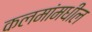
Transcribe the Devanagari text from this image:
कलमांमधील